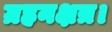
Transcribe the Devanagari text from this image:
ग्रहनक्षत्र।